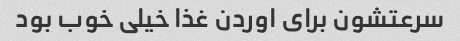
سرعتشون برای اوردن غذا خیلی خوب بود